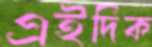
এইদিক